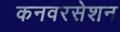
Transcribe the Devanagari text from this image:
कनवरसेशन